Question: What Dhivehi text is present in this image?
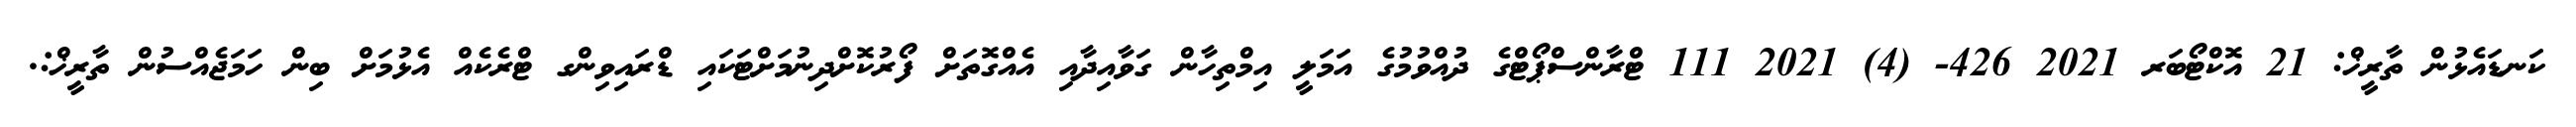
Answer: ކަނޑައެޅުން ތާރީޚް: 21 އޮކްޓޯބަރ 2021 426- (4) 2021 111 ޓްރާންސްޕޯޓްގެ ދުއްވުމުގެ އަމަލީ އިމްތިހާން ގަވާއިދާއި އެއްގޮތަށް ފޯރުކޮށްދިނުމަށްޓަކައި ޑްރައިވިންގ ޓްރެކެއް އެޅުމަށް ބިން ހަމަޖެއްސުން ތާރީޚް:.